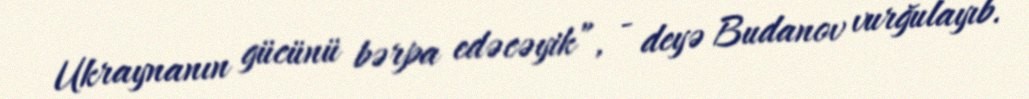
Ukraynanın gücünü bərpa edəcəyik”, - deyə Budanov vurğulayıb.